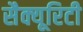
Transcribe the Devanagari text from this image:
सैक्यूरिटी